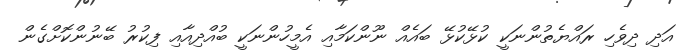
އަދި ދިވެހި ރައްޔެތުންނަކީ ކުޅޭކުޅޭ ބައެއް ނޫންކަމާއި އެމީހުންނަކީ ބުއްދިއާއި ފިކުރު ބޭނުންކޮށްގެން